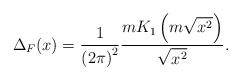
\begin{align*}\Delta_{F}(x)=\frac{1}{{(2\pi)}^{2}}\frac{mK_{1}\left(m\sqrt{x^{2}}\right)}{\sqrt{x^{2}}}.\end{align*}